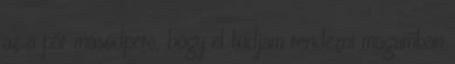
az a pár másodperc, hogy el tudjam rendezni magamban